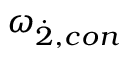
{ \omega } _ { \dot { 2 } , c o n }